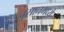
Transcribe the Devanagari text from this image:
बुसानमध्ये